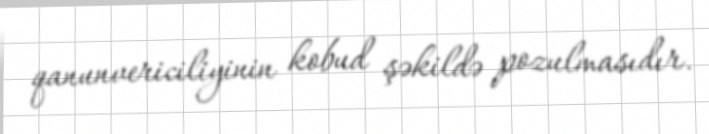
qanunvericiliyinin kobud şəkildə pozulmasıdır.